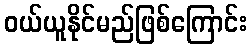
ဝယ်ယူနိုင်မည်ဖြစ်ကြောင်း